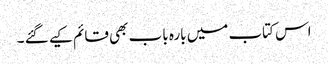
اس کتاب میں بارہ باب بھی قائم کیے گئے ۔